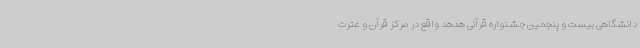
دانشگاهی بیست و پنجمین جشنواره قرآنی هدهد واقع در مرکز قرآن و عترت